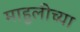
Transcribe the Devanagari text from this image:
माहुलीच्या